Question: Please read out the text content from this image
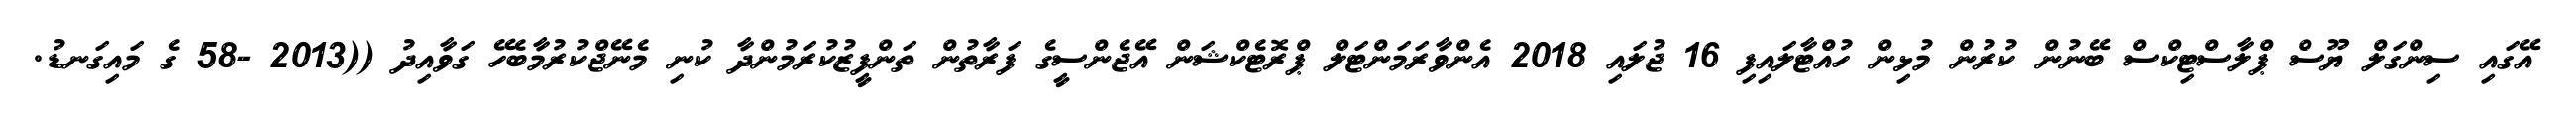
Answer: އޭގައި ސިންގަލް ޔޫސް ޕްލާސްޓިކްސް ބޭނުން ކުރުން މުޅިން ހުއްޓާލައިފި 16 ޖުލައި 2018 އެންވާރަމަންޓަލް ޕްރޮޓެކްޝަން އޭޖެންސީގެ ފަރާތުން ތަންފީޒުކުރަމުންދާ ކުނި މެނޭޖްކުރުމާބެހޭ ގަވާއިދު ((2013 -58 ގެ މައިގަނޑު.